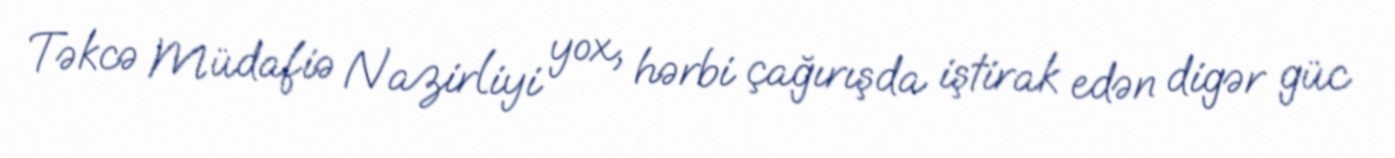
Təkcə Müdafiə Nazirliyi yox, hərbi çağırışda iştirak edən digər güc